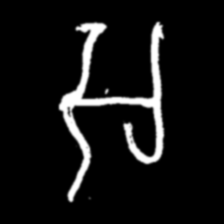
Pyu character \u2014 Myanmar letter: အ (romanized: a)